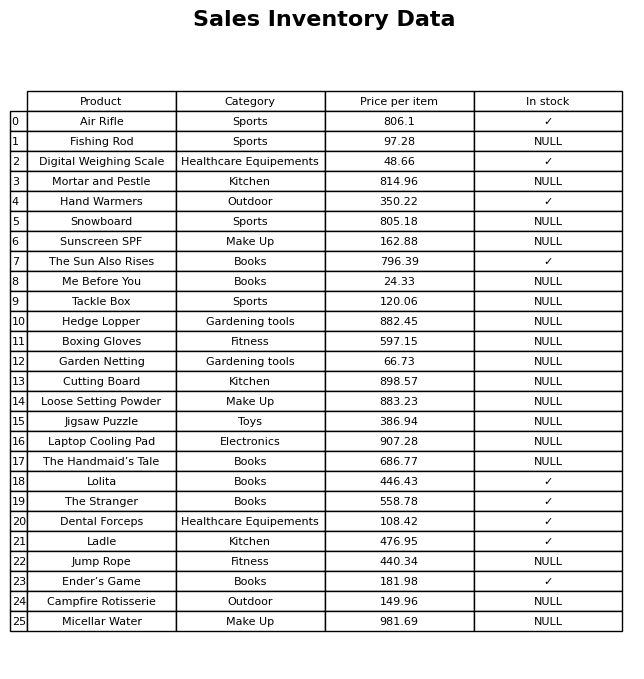
question: What is the price for Snowboard?
answer: The price of Snowboard is 805.18.